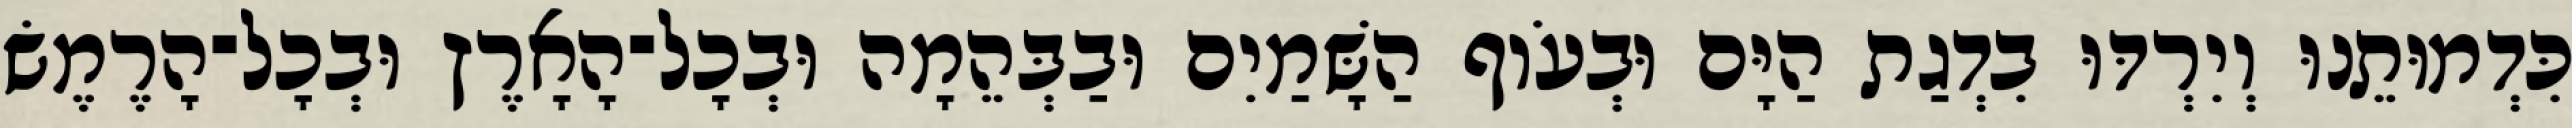
כִּדְמוּתֵנוּ וְיִרְדּוּ בִדְגַת הַיָּם וּבְעֹוף הַשָּׁמַיִם וּבַבְּהֵמָה וּבְכָל־הָאָרֶץ וּבְכָל־הָרֶמֶשׂ